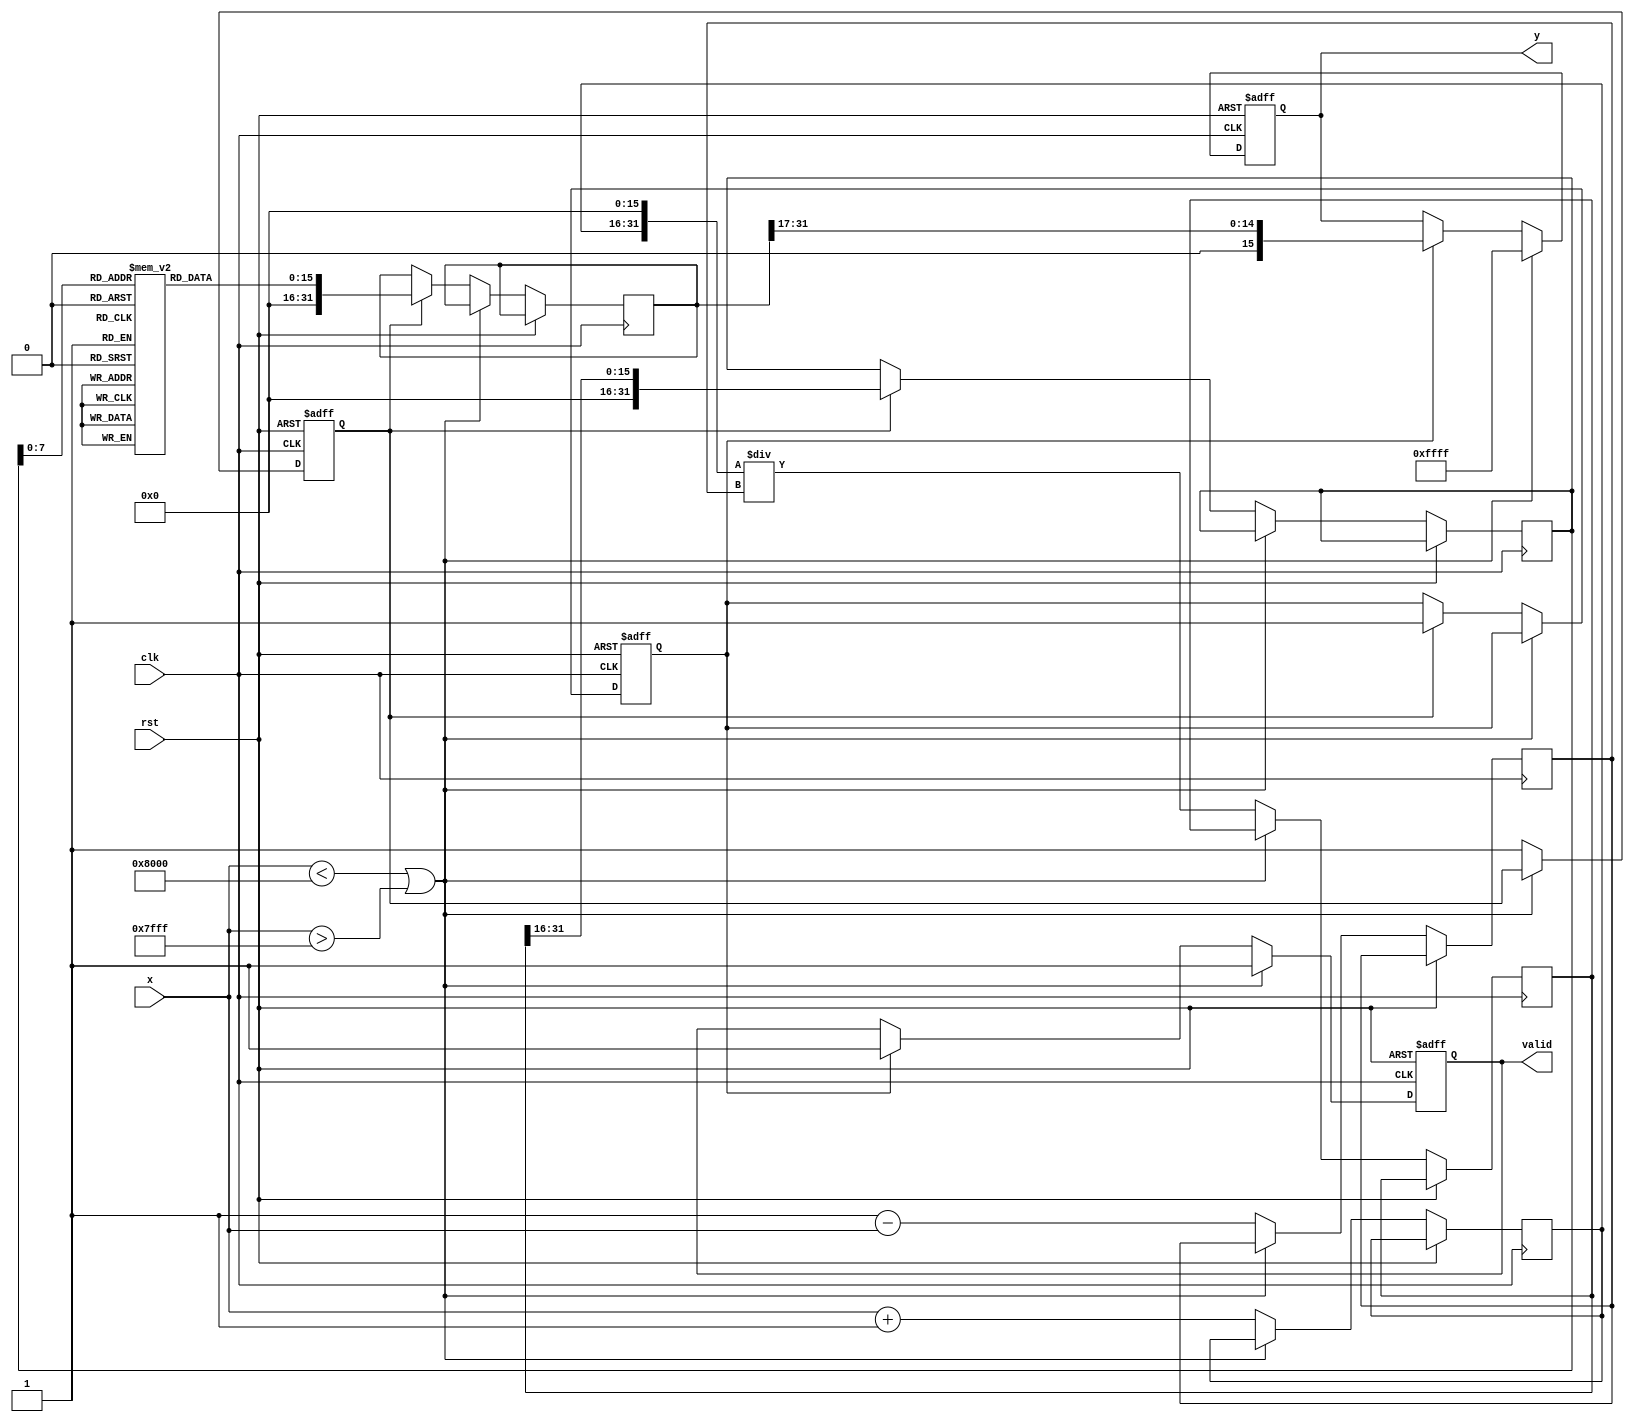
module atanh (
    input wire signed [15:0] x,   // Input x in fixed-point format (range -1 to 1)
    output reg signed [15:0] y,    // Output y in fixed-point format
    input wire clk,
    input wire rst,
    output reg valid                // Valid signal to indicate output is ready
);

    reg signed [15:0] one_plus_x;
    reg signed [15:0] one_minus_x;
    reg signed [31:0] division_result; // Intermediate result for division
    reg signed [31:0] log_input;       // Input for logarithm calculation
    reg signed [31:0] log_result;      // Result of logarithm
    reg valid_div;                     // Valid signal for division
    reg valid_log;                     // Valid signal for logarithm

    // Lookup table for logarithm approximation (for demonstration)
    reg [15:0] log_lut [0:255]; // Assuming a LUT for values between 0 and 1
    initial begin
        // Initialize LUT with some precomputed logarithm values
        // This is a placeholder; actual values need to be computed
        log_lut[0] = 0;     // ln(1) = 0
        log_lut[1] = 0;     // ln(1) = 0
        // Add more values as needed
    end

    always @(posedge clk or posedge rst) begin
        if (rst) begin
            y <= 0;
            valid <= 0;
            valid_div <= 0;
            valid_log <= 0;
        end else begin
            // Input validation
            if (x < -16'h8000 || x > 16'h7FFF) begin
                y <= 16'hFFFF; // Output an error value
                valid <= 1;
            end else begin
                // Step 1: Calculate 1 + x and 1 - x
                one_plus_x <= x + 16'h0001; // 1 in fixed-point
                one_minus_x <= 16'h0001 - x;

                // Step 2: Perform division
                division_result <= (one_plus_x << 16) / one_minus_x; // Scaling for fixed-point division
                valid_div <= 1;

                // Step 3: Compute logarithm
                if (valid_div) begin
                    log_input <= division_result[31:16]; // Take the upper part for logarithm
                    // Placeholder for logarithm calculation
                    log_result <= log_lut[log_input[7:0]]; // Use LUT for logarithm
                    valid_log <= 1;
                end

                // Step 4: Scale the result by 1/2
                if (valid_log) begin
                    y <= log_result[31:16] >> 1; // Divide by 2
                    valid <= 1;
                end
            end
        end
    end
endmodule